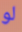
لو